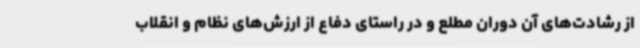
از رشادت‌های آن دوران مطلع و در راستای دفاع از ارزش‌های نظام و انقلاب